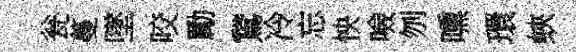
瓮蔓墜咬勵鵞冷忘怏噞刎曛環蛺